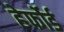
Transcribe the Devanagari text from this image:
हेर्फोर्ड